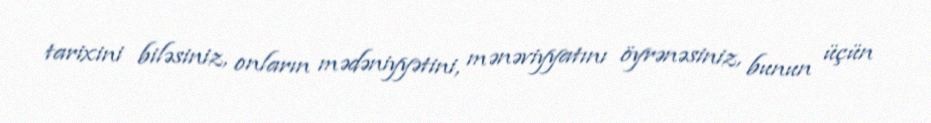
tarixini biləsiniz, onların mədəniyyətini, mənəviyyatını öyrənəsiniz, bunun üçün